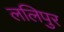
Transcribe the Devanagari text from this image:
ललिपुर